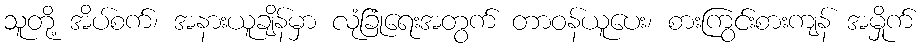
သူတို့ အိပ်စက်၊ အနားယူချိန်မှာ လုံခြုံရေးအတွက် တာဝန်ယူပေး၊ စားကြွင်းစားကျန် အမှိုက်